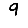
Digit: 9